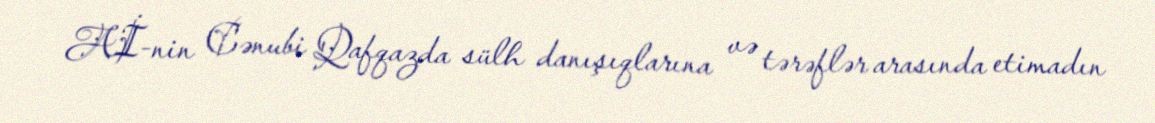
Aİ-nin Cənubi Qafqazda sülh danışıqlarına və tərəflər arasında etimadın